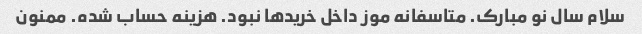
سلام سال نو مبارک. متاسفانه موز داخل خرید‌ها نبود. هزینه حساب شده. ممنون